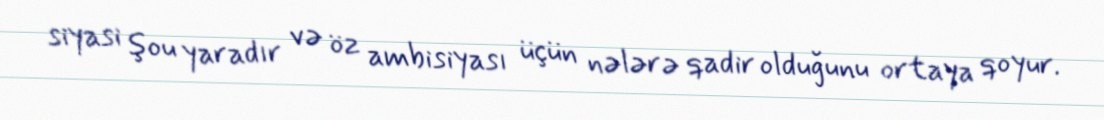
siyasi şou yaradır və öz ambisiyası üçün nələrə qadir olduğunu ortaya qoyur.